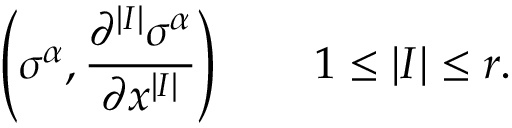
\left( \sigma ^ { \alpha } , { \frac { \partial ^ { | I | } \sigma ^ { \alpha } } { \partial x ^ { | I | } } } \right) \qquad 1 \leq | I | \leq r .